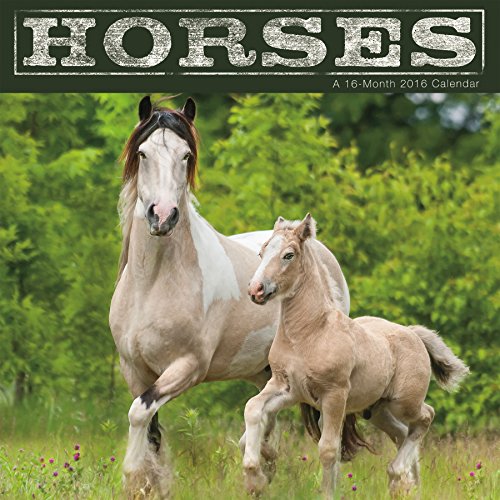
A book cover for Horses 2016 Mini Calendar; Trends International; Calendars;